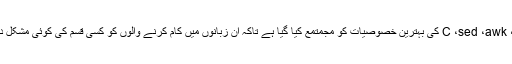
اس میں C ،sed ،awk ،sh کی بہترین خصوصیات کو مجمتمع کیا گیا ہے تاکہ ان زبانوں میں کام کرنے والوں کو کسی قسم کی کوئی مشکل درپیش نہ ہو۔